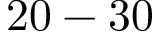
2 0 - 3 0